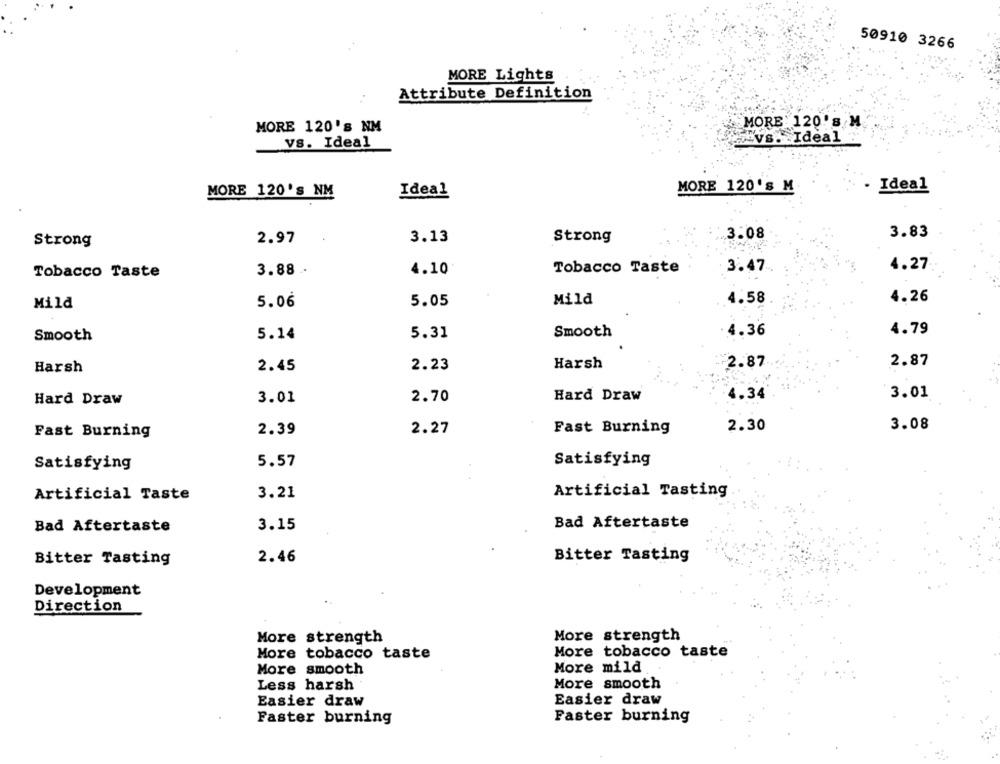
50910 3266
MORE Lights
Attribute Definition
MORE 120's NM
MORE 120'S M
vs. Ideal
vs. Ideal
MORE 120'S M
Ideal
MORE 120'S NM
Ideal
3.08
3.83
Strong
2.97
3.13
Strong
3.47
4.27
Tobacco Taste
3.88 .-
4.10
Tobacco Taste
4.26
Mild
5.06
5.05
Mild
4.58
4.79
5.14
5.31
Smooth
4.36
Smooth
2.23
Harsh
¥2.87
2.87
Harsh
2.45
2.70
Hard Draw
4.34
3.01
Hard Draw
3.01
2.30
3.08
Fast Burning
2.39
2.27
Fast Burning
Satisfying
5.57
Satisfying
Artificial Taste
3.21
Artificial Tasting
Bad Aftertaste
3.15
Bad Aftertaste
2.46
Bitter Tasting
Bitter Tasting
Development
Direction
More strength
More strength
More
tobacco taste
More tobacco taste
More smooth
More mild
Less harsh
More smooth
Easier draw
Easier draw
Faster burning
Faster burning